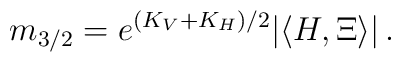
m_{3/2}=e^{(K_V+K_H)/2}|\langle H,\Xi\rangle |\, .